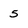
Character: 5